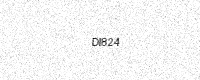
Text: DI824